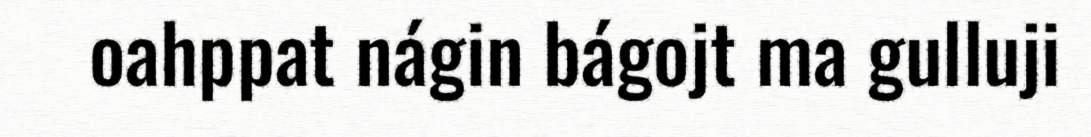
oahppat nágin bágojt ma gulluji